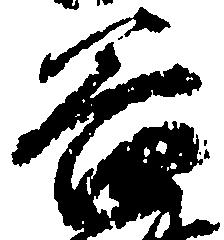
谷